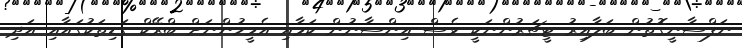
ނަފްސާނީގޮތުން ބަލާއިރު ޓީޗަރުންނަކީ ވެސް އިންސާނުން ކަމާއި އެމީހުންނަށް ބްރޭކް ގަޑިތަކުގައާއި އަދި